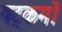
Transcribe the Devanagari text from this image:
षट्कर्मों